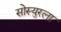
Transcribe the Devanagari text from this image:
सोस्युरला